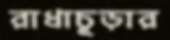
রাধাচূড়ার